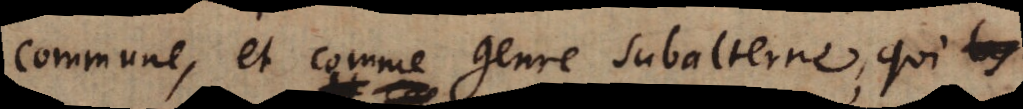
commune, et comme genre subalterne, qui